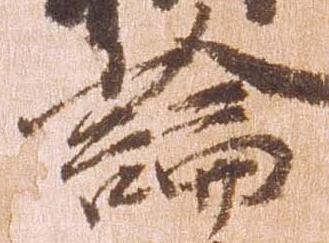
論